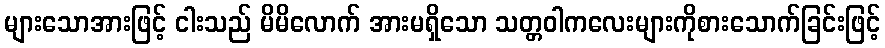
များသောအားဖြင့် ငါးသည် မိမိလောက် အားမရှိသော သတ္တဝါကလေးများကိုစားသောက်ခြင်းဖြင့်